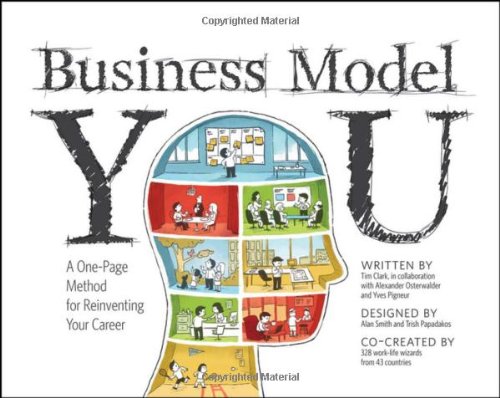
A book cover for Business Model You: A One-Page Method For Reinventing Your Career; Tim Clark; Business & Money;